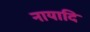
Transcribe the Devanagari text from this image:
नायादि